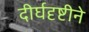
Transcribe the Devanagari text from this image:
दीर्घदृष्टीने